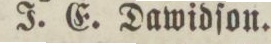
J. E. Dawidſon.